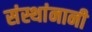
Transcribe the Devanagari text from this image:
संस्थांनानी